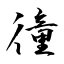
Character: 徸